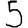
Digit: 5